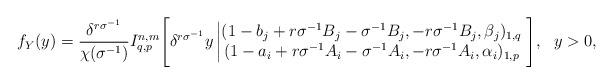
LaTeX: \begin{align*}f_{Y}(y)=\frac{\delta^{r\sigma^{-1}}}{\chi(\sigma^{-1})}I^{n,m}_{q,p}\Bigg[\delta^{r\sigma^{-1}} y\left|\begin{matrix} (1-b_j+r\sigma^{-1}B_j-\sigma^{-1}B_j,-r\sigma^{-1}B_j,\beta_j)_{1,q}\\ (1-a_i+r\sigma^{-1}A_i-\sigma^{-1}A_i,-r\sigma^{-1}A_i,\alpha_i)_{1,p} \end{matrix}\right.\Bigg],\ \ y>0,\end{align*}